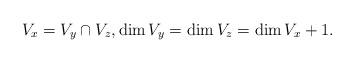
LaTeX: \begin{align*} V_x = V_y \cap V_z,\dim V_y = \dim V_z = \dim V_x + 1. \end{align*}